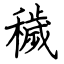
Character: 穢